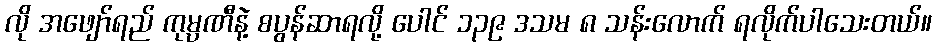
လို အဖျော်ရည် ကုမ္ပဏီနဲ့ စပွန်ဆာရလို့ ပေါင် ၁၃၉ ဒသမ ၈ သန်းလောက် ရလိုက်ပါသေးတယ်။